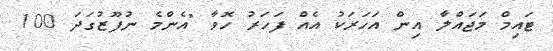
ޓައިމް މަޖައްލާ އިން އަހަރަކު އެއް ފަހަރު ހޮވާ "އެންމެ ނުފޫޒުގަދަ 100